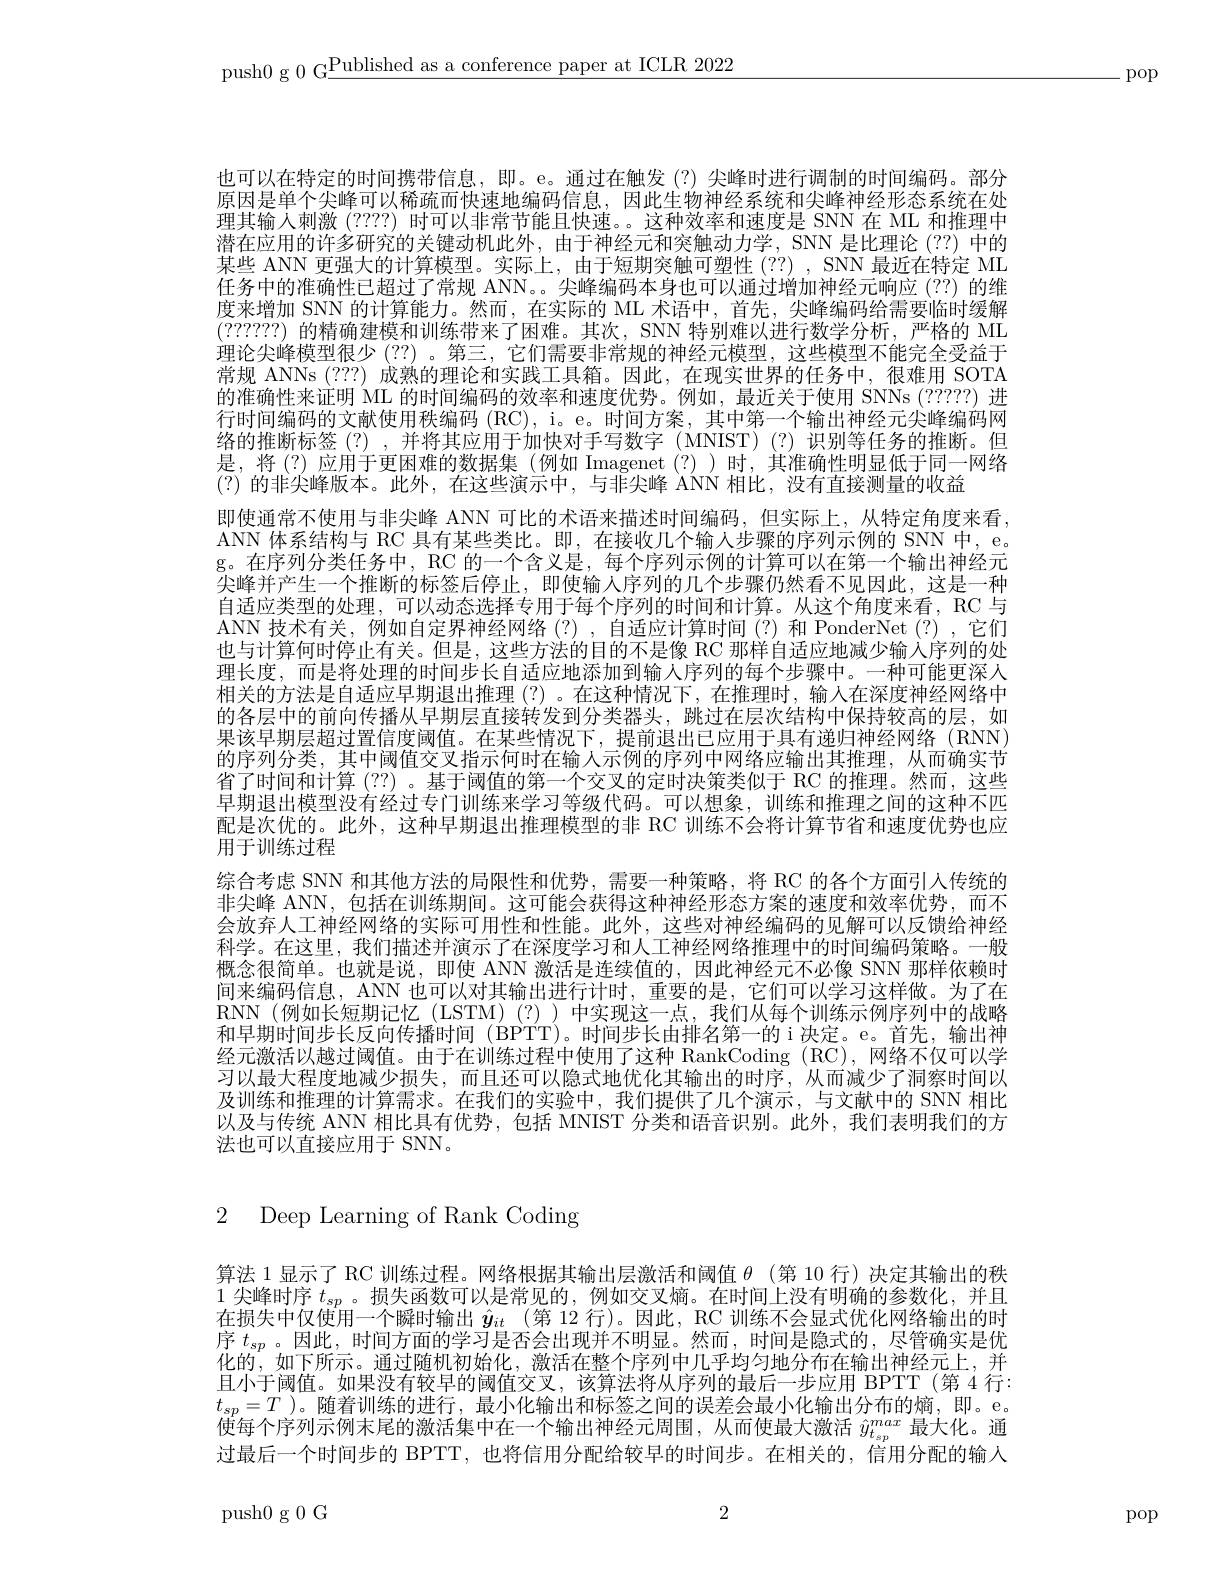
push0 g 0 G$\underline\text{Published as a conference paper at ICLR 2022}$

-pop

也可以在特定的时间携带信息，即。e。通过在触发(?)尖峰时进行调制的时间编码。部分原因是单个尖峰可以稀疏而快速地编码信息，因此生物神经系统和尖峰神经形态系统在处理其输人刺激(????)时可以非常节能且快速。。这种效率和速度是 SNN 在 ML 和推理中潜在应用的许多研究的关键动机此外，由于神经元和突触动力学，SNN 是比理论 (??) 中的某些 ANN 更强大的计算模型。实际上，由于短期突触可塑性(??) ,SNN 最近在特定 ML 任务中的准确性已超过了常规 ANN。。尖峰编码本身也可以通过增加神经元响应 (??) 的维度来增加 SNN 的计算能力。然而，在实际的 ML 术语中，首先，尖峰编码给需要临时缓解(??????)的精确建模和训练带来了困难。其次，SNN 特别难以进行数学分析，严格的 ML 理论尖峰模型很少(??) 。第三，它们需要非常规的神经元模型，这些模型不能完全受益于常规 ANNs (???) 成熟的理论和实践工具箱。因此，在现实世界的任务中，很难用 SOTA 的准确性来证明 ML 的时间编码的效率和速度优势。例如，最近关于使用 SNNs (?????) 进行时间编码的文献使用秩编码 (RC), i。e。时间方案，其中第一个输出神经元尖峰编码网络的推断标签(?),并将其应用于加快对手写数字(MNIST)(?)识别等任务的推断。但是，将(?)应用于更困难的数据集(例如 Imagenet(?)时，其准确性明显低于同一网络(?)的非尖峰版本。此外，在这些演示中，与非尖峰 ANN 相比，没有直接测量的收益
即使通常不使用与非尖峰 ANN 可比的术语来描述时间编码，但实际上，从特定角度来看， ANN 体系结构与 RC 具有某些类比。即，在接收几个输人步骤的序列示例的 SNN 中，e。g。在序列分类任务中，RC 的一个含义是，每个序列示例的计算可以在第一个输出神经元尖峰并产生一个推断的标签后停止，即使输人序列的几个步骤仍然看不见因此，这是一种自适应类型的处理，可以动态选择专用于每个序列的时间和计算。从这个角度来看，RC 与ANN 技术有关，例如自定界神经网络(?),自适应计算时间(?)和 PonderNet(?),它们也与计算何时停止有关。但是，这些方法的目的不是像 RC 那样自适应地减少输入序列的处理长度，而是将处理的时间步长自适应地添加到输人序列的每个步骤中。一种可能更深人相关的方法是自适应早期退出推理(?)。在这种情况下，在推理时，输人在深度神经网络中的各层中的前向传播从早期层直接转发到分类器头，跳过在层次结构中保持较高的层，如果该早期层超过置信度阈值。在某些情况下，提前退出已应用于具有递归神经网络(RNN) 的序列分类，其中阈值交叉指示何时在输人示例的序列中网络应输出其推理，从而确实节省了时间和计算(??) 。基于阈值的第一个交叉的定时决策类似于 RC 的推理。然而，这些早期退出模型没有经过专门训练来学习等级代码。可以想象，训练和推理之间的这种不匹配是次优的。此外，这种早期退出推理模型的非 RC 训练不会将计算节省和速度优势也应用于训练过程
综合考虑 SNN 和其他方法的局限性和优势，需要一种策略，将 RC 的各个方面引人传统的非尖峰 ANN,包括在训练期间。这可能会获得这种神经形态方案的速度和效率优势，而不会放弃人工神经网络的实际可用性和性能。此外，这些对神经编码的见解可以反馈给神经科学。在这里，我们描述并演示了在深度学习和人工神经网络推理中的时间编码策略。一般概念很简单。也就是说，即使 ANN 激活是连续值的，因此神经元不必像 SNN 那样依赖时间来编码信息，ANN 也可以对其输出进行计时，重要的是，它们可以学习这样做。为了在RNN(例如长短期记忆(LSTM)(?))中实现这一点，我们从每个训练示例序列中的战略和早期时间步长反向传播时间 (BPTT)。时间步长由排名第一的 i 决定。e。首先，输出神经元激活以越过阈值。由于在训练过程中使用了这种 RankCoding (RC),网络不仅可以学习以最大程度地减少损失，而且还可以隐式地优化其输出的时序，从而减少了洞察时间以及训练和推理的计算需求。在我们的实验中，我们提供了几个演示，与文献中的 SNN 相比以及与传统 ANN 相比具有优势，包括 MNIST 分类和语音识别。此外，我们表明我们的方法也可以直接应用于 SNN。

2 Deep Learning of Rank Coding

算法 1 显示了 RC 训练过程。网络根据其输出层激活和阈值$\theta$ (第 10 行)决定其输出的秩1 尖峰时序$t_{sp}$ 。损失函数可以是常见的，例如交叉熵。在时间上没有明确的参数化，并且在损失中仅使用一个瞬时输出$\hat{y}_{it}$ (第 12 行)。因此，RC 训练不会显式优化网络输出的时序$t_{sp}$。因此，时间方面的学习是否会出现并不明显。然而，时间是隐式的，尽管确实是优化的，如下所示。通过随机初始化，激活在整个序列中几乎均匀地分布在输出神经元上，并且小于阈值。如果没有较早的阈值交叉，该算法将从序列的最后一步应用 BPTT(第 4 行： $t_{sp}=T$ )。随着训练的进行，最小化输出和标签之间的误差会最小化输出分布的熵，即。e。使每个序列示例末尾的激活集中在一个输出神经元周围，从而使最大激活$\hat{y}_{t_{sp}^{max}}$最大化。通过最后一个时间步的 BPTT, 也将信用分配给较早的时间步。在相关的，信用分配的输人

2

push0g0G

pop